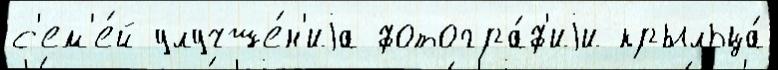
с'ем'е́й улучше́н'иjа фотогра́ф'иjи крыльца́